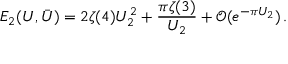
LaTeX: E _ { 2 } ( U , \bar { U } ) = 2 \zeta ( 4 ) U _ { 2 } ^ { 2 } + \frac { \pi \zeta ( 3 ) } { U _ { 2 } } + \mathcal { O } ( e ^ { - \pi U _ { 2 } } ) \, .